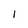
Character: I